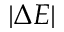
| \Delta E |